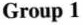
Group 1